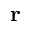
\mathbf { r }